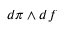
d \pi \wedge d f